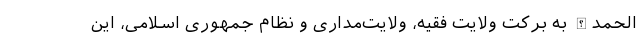
الحمدالله به برکت ولایت فقیه، ‌ولایت‌مداری و نظام جمهوری اسلامی، این